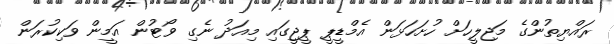
ރައްޔިތުންގެ މަޖިލީހަށް ހުށަހަޅަން އެމްޑީޕީ ޕީޖީގައި މިއަދު ނެގި ވޯޓުން އަމީން ވަކިކުރަން